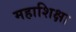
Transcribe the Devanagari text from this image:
महाशिक्षा